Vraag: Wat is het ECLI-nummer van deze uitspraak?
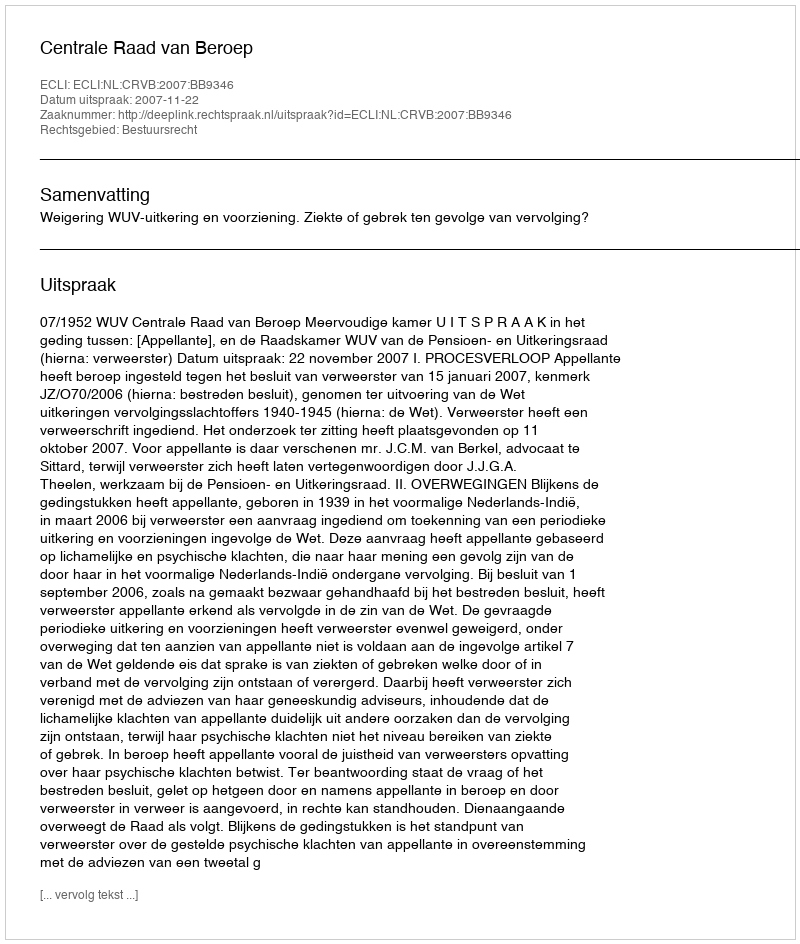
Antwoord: ECLI:NL:CRVB:2007:BB9346